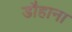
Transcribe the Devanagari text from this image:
डौहाना